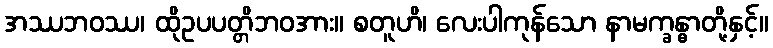
အဿဘဝဿ၊ ထိုဥပပတ္တိဘဝအား။ စတူဟိ၊ လေးပါကုန်သော နာမက္ခန္ဓာတို့နှင့်။